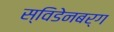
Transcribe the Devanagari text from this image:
स्विडेनबर्ग